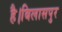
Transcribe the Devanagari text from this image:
है।बिलासपुर